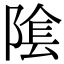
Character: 隂